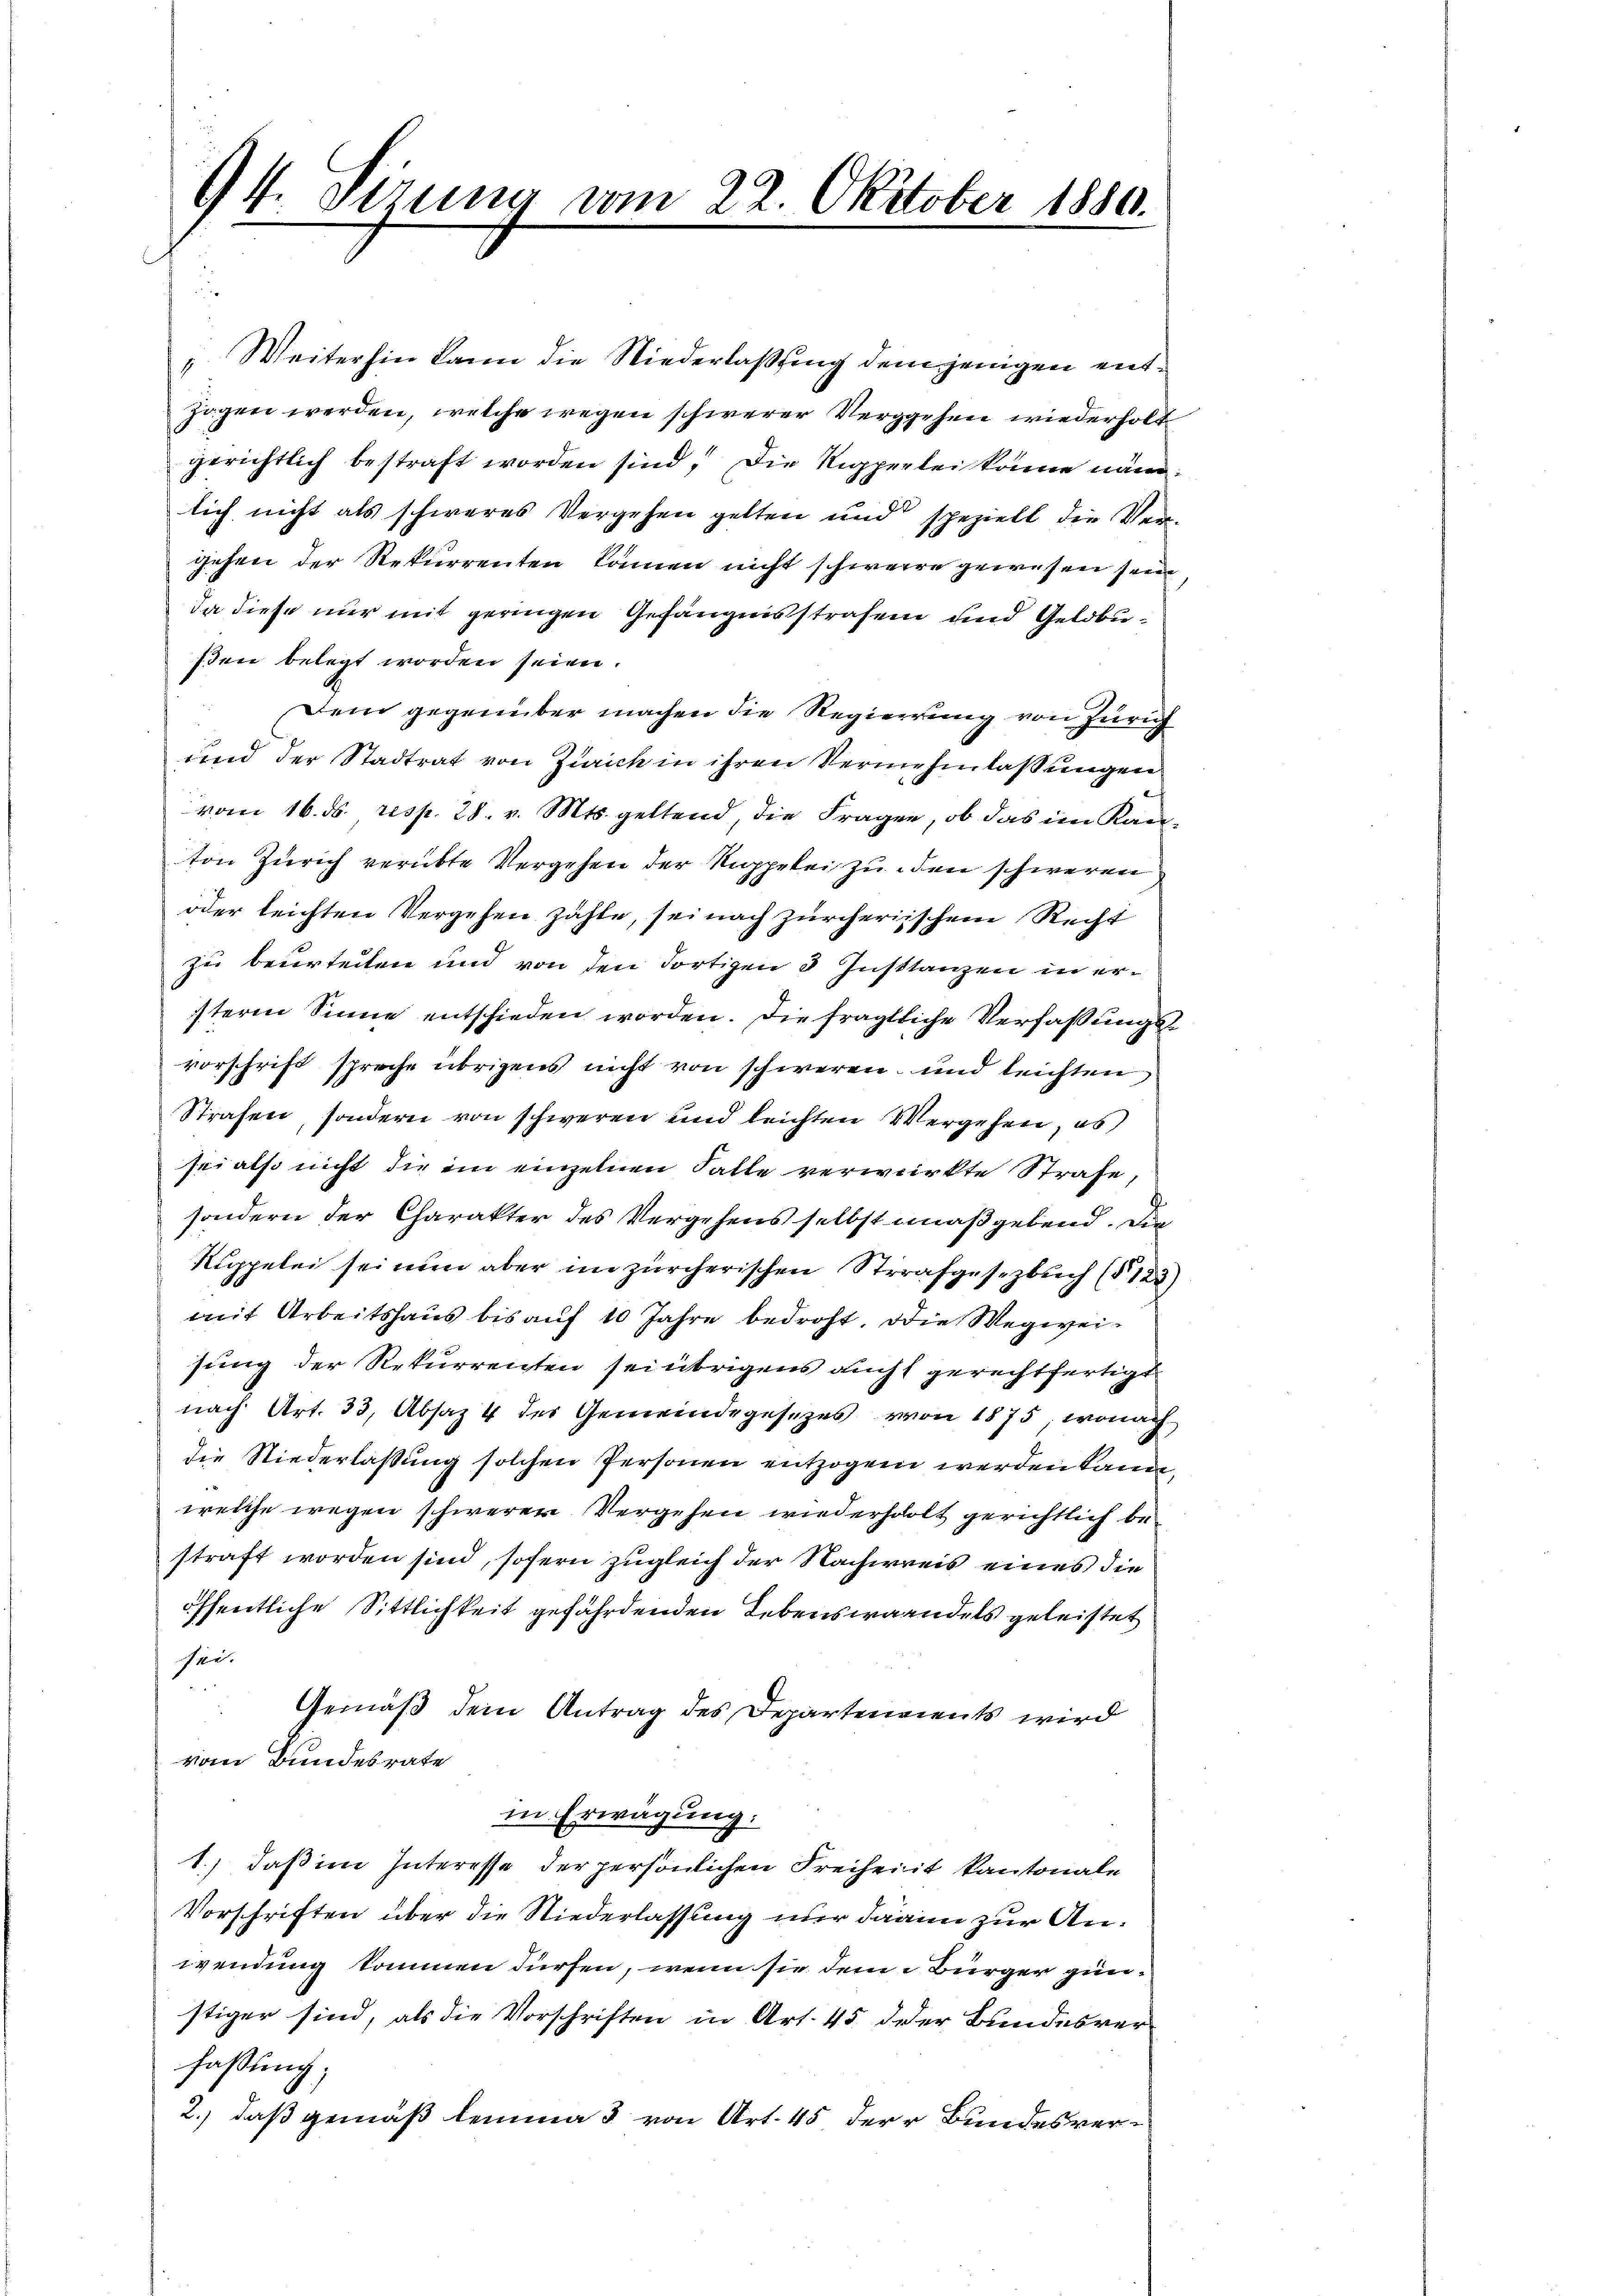
94. Strung vom 22. Oktober 1880.

" Weiterhin kann die Niederlaßung demjenigen entzogen werden, welche wegen schwerer Verggehen wiederholt
gerichtlich bestraft worden sind, die Rapperlei könne nämlich nicht als schweres Vergehen gelten und spezielt die Vergehen der Rekurrenten können nicht schwerre gewesen sein,
da diese nur mit geringen Gefängnisstrafen und Geldbusen belegt worden seien.
Dem gegenüber machen die Regierung von Zürich
und der Stadtrat von Zürich in ihren Vermehmlassungen
vom 16. ds. resp. 28. v. Mts. geltend, die Fragen, ob das im Kanton Zürich verübte Vergehen der Rappelei zu den schweren
oder leichten Vergehen zähle, sei nach zürcherischen Recht
zu beurteilen und von den dortigen 3 Instanzen in ersterm Sinne entschieden worden. Die fragliche Verfassungs-
vorschrift spreche übrigens nicht von schweren und leichten
Strafen, sondern von schweren und leichten Vergehen, es
sei also nicht die im einzelnen Falle verwirkte Strafe,
sondern der Charakter des Vergehens selbst maßgebend. Die
Kuppelei sei nun aber im zürcherischen Strafgesetzbuch (§ 123)
mit Arbeitshaus bis auf 10 Jahre bedroht. Die Wegweisung der Rekurrenten sei übrigens aucht gerechtfertigt
nach Art. 33, Absaz 4 der Gemeindegesezes von 1875, wonach
die Niederlassung solchen Personen entzogen werden kann,
welche wegen schwerer Vergehen wiederholt gerichtlich bestraft worden sind, sofern zugleich der Nachweis eines die
öffentliche Sittlichkeit gefährdenden Lebenswandels geleistet
sie.
Gemäß dem Antrag des Departenments wird
vom Bundesrate
in Erwägung:
1.) Daß im Interesse der persönlichen Freiheit kantonale
Vorschriften über die Niederlassung nur dann zur Anwendung kommen dürfen, wenn sie dem Bürger günstiger sind, als die Vorschriften in Art. 45 dder Bundesver-
faßung;
2.) daß gemäß lemma 3 von Art. 45 der Bundesver¬